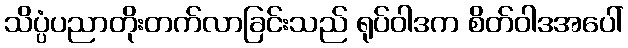
သိပ္ပံပညာတိုးတက်လာခြင်းသည် ရုပ်ဝါဒက စိတ်ဝါဒအပေါ်